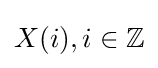
X(i),i\in \mathbb {Z}